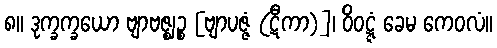
၈။ ဒုက္ခက္ခယော ဗျာဗဇ္ဈဉ္စ [ဗျာပဇ္ဇံ (ဋီကာ)]၊ ဝိဝဋ္ဋံ ခေမ ကေဝလံ။